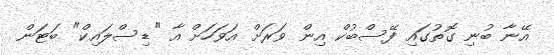
އޭނާ ބުނި ގޮތުގައި ފޭސްބުކް އިން ވަރަށް އަވަހަށް އާ "ޑިސްލައިކް" ބަޓަން